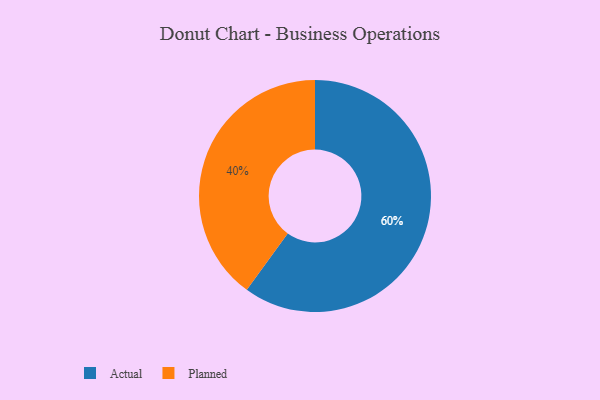
{"axis": {"x": "Category", "y": "Percentage"}, "legend": ["Actual", "Planned"], "data": [{"x": "Actual", "y": 60, "type": "Actual"}, {"x": "Planned", "y": 40, "type": "Planned"}]}